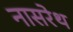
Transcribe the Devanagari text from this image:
नासरेथ